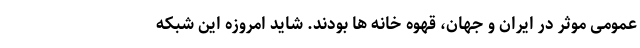
عمومی موثر در ایران و جهان، قهوه خانه ها بودند. شاید امروزه این شبکه